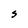
Character: S